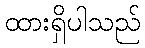
ထားရှိပါသည်